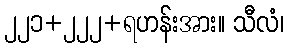
၂၂၁+၂၂၂+ရဟန်းအား။ သီလံ၊